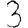
Digit: 3